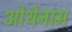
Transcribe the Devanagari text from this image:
ओथेनाम